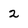
Character: 2